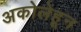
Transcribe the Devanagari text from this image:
अकोलेहून